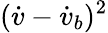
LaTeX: (\dot{v}-\dot{v}_{b})^{2}